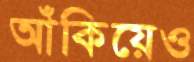
আঁকিয়েও